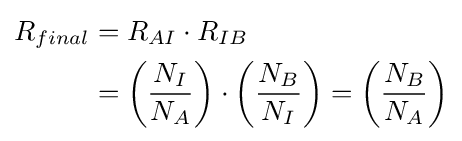
{\begin{aligned}R_{final}&=R_{AI}\cdot R_{IB}\\&=\left({\frac {N_{I}}{N_{A}}}\right)\cdot \left({\frac {N_{B}}{N_{I}}}\right)=\left({\frac {N_{B}}{N_{A}}}\right)\end{aligned}}